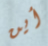
أين